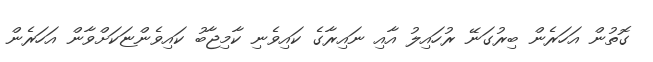
ގޮތުން އަހަރެން ބިރުގަނޭ ރުހައިލު އާއި ނައިރާގެ ކައިވެނި ކާމިޖާބު ކައިވެންޏަކަށްވާން އަހަރެން